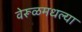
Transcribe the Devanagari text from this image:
वेरूळमधल्या